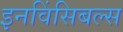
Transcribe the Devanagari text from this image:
इनविंसिबल्स